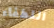
اللطفاء